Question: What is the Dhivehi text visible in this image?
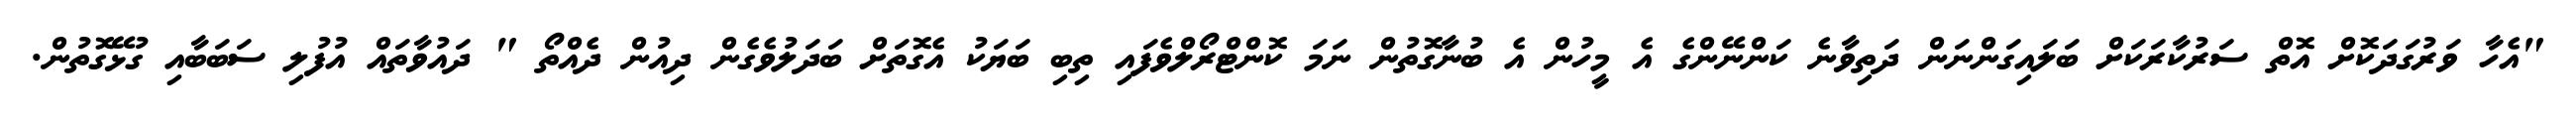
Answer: "އެހާ ވަރުގަދަކޮށް އޮތް ސަރުކާރަކަށް ބަލައިގަންނަން ދަތިވާނެ ކަންނޭންގެ އެ މީހުން އެ ބުނާގޮތުން ނަމަ ކޮންޓްރޯލްވެފައި ތިބި ބަޔަކު އެގޮތަށް ބަދަލުވެގެން ދިއުން ދެއްތޯ " ދައުވާތައް އުފުލި ސަބަބާއި ގުޅޭގޮތުން.